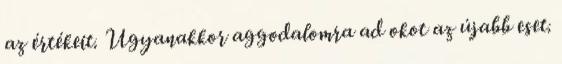
az értékeit. Ugyanakkor aggodalomra ad okot az újabb eset.